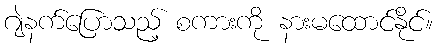
ဂျဲနက်ပြောသည့် စကားကို နားမထောင်နိုင်။